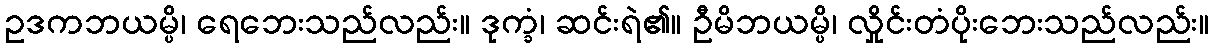
ဥဒကဘယမ္ပိ၊ ရေဘေးသည်လည်း။ ဒုက္ခံ၊ ဆင်းရဲ၏။ ဦမိဘယမ္ပိ၊ လှိုင်းတံပိုးဘေးသည်လည်း။